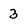
Character: 3